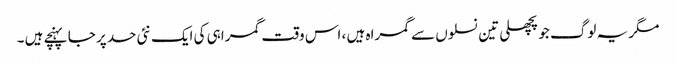
مگر یہ لوگ جو پچھلی تین نسلوں سے گمراہ ہیں ، اس وقت گمراہی کی ایک نئی حد پر جا پہنچے ہیں ۔